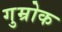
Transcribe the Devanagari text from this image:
गुम्रोक